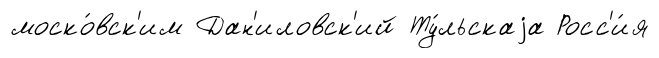
моско́вск'им Дан'иловск'ий Ту́льскаjа Росс'и́я